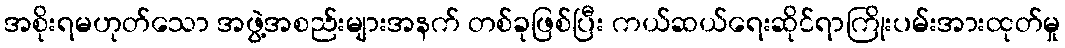
အစိုးရမဟုတ်သော အဖွဲ့အစည်းများအနက် တစ်ခုဖြစ်ပြီး ကယ်ဆယ်ရေးဆိုင်ရာကြိုးပမ်းအားထုတ်မှု